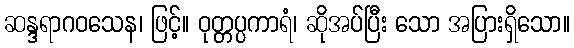
ဆန္ဒရာဂဝသေန၊ ဖြင့်။ ဝုတ္တပ္ပကာရံ၊ ဆိုအပ်ပြီး သော အပြားရှိသော။